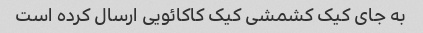
به جای کیک کشمشی کیک کاکائویی ارسال کرده است